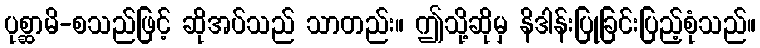
ပုစ္ဆာမိ-စသည်ဖြင့် ဆိုအပ်သည် သာတည်း။ ဤသို့ဆိုမှ နိဒါန်းပြုခြင်းပြည့်စုံသည်။